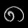
Digit: ၈